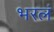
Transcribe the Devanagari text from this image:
भरलं